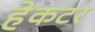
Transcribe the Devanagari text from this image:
हेकटर